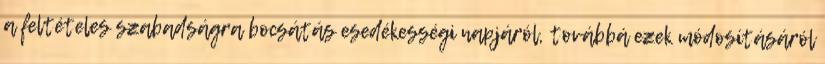
a feltételes szabadságra bocsátás esedékességi napjáról, továbbá ezek módosításáról